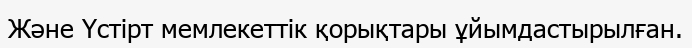
Және Үстірт мемлекеттік қорықтары ұйымдастырылған.